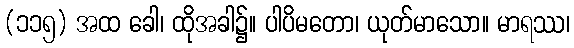
(၁၁၅) အထ ခေါ၊ ထိုအခါ၌။ ပါပိမတော၊ ယုတ်မာသော။ မာရဿ၊